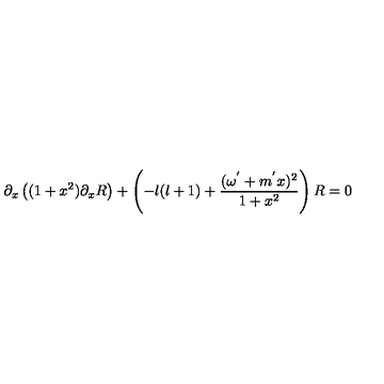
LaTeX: \partial _ { x } \left( ( 1 + x ^ { 2 } ) \partial _ { x } R \right) + \left( - l ( l + 1 ) + \frac { ( \omega ^ { ' } + m ^ { ' } x ) ^ { 2 } } { 1 + x ^ { 2 } } \right) R = 0